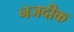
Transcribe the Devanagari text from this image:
नजदीक